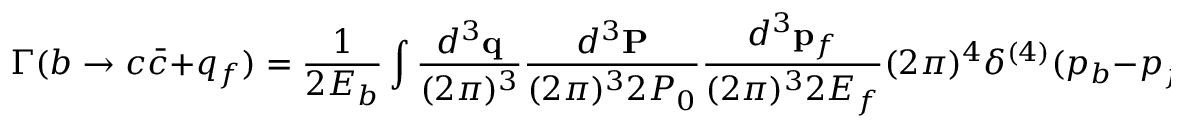
\Gamma ( b \rightarrow c \bar { c } + q _ { f } ) = \frac { 1 } { 2 E _ { b } } \int \frac { d ^ { 3 } { \bf q } } { ( 2 \pi ) ^ { 3 } } \frac { d ^ { 3 } { \bf P } } { ( 2 \pi ) ^ { 3 } 2 P _ { 0 } } \frac { d ^ { 3 } { \bf p } _ { f } } { ( 2 \pi ) ^ { 3 } 2 E _ { f } } ( 2 \pi ) ^ { 4 } \delta ^ { ( 4 ) } ( p _ { b } - p _ { f } - P ) | \bar { \cal A } | ^ { 2 } m _ { c } ^ { - 1 } + \ldots \, \, ,